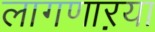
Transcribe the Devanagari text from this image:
लागणाऱया